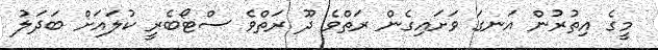
މީގެ އިތުރުން އަނގަ ވަށައިގެން ރަތްވެ ދޫ ރަތްވެ ސްޓޯބެރީ ކުލައަށް ބަދަލު